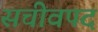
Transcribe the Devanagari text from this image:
सचीवपद